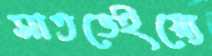
সাতভেইয়্যে